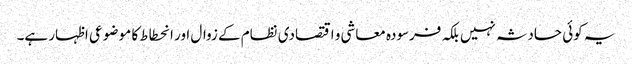
یہ کوئی حادثہ نہیں بلکہ فرسودہ معاشی و اقتصادی نظام کے زوال اور انحطاط کا مو ضوعی اظہار ہے۔